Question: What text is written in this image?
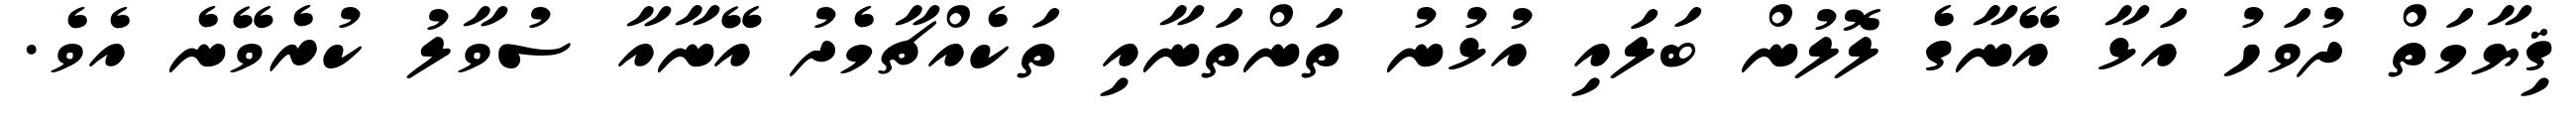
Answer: ޤިޔާމަތް ދުވަހު އަޅާ އޭނާގެ ލޮލުން ބަލައި އުޅުނު ތަންތަނާއި ތަކެއްޗާމެދު އޭނާއާ ސުވާލު ކުރެވޭނެ އެވެ.